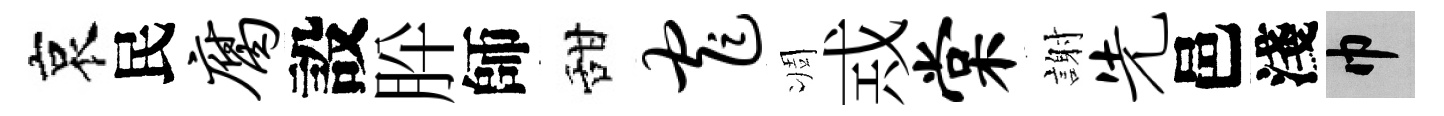
哀民腐設肸師甜窄凋𢦶棠謝先邑淺巾